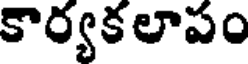
కార్యకలాపం